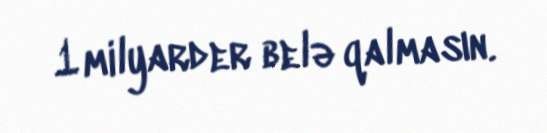
1 milyarder belə qalmasın.